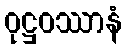
ဝုဋ္ဌဝဿာနံ